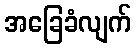
အခြေခံလျက်